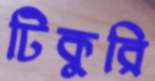
টিকুরি